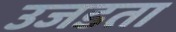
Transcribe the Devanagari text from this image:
उजडता